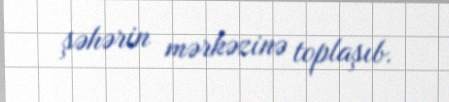
şəhərin mərkəzinə toplaşıb.